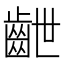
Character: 齛